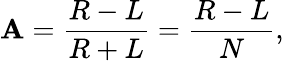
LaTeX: \mathbf{A}=\frac{{R-L}}{{R+L}}=\frac{{R-L}}{{N}},